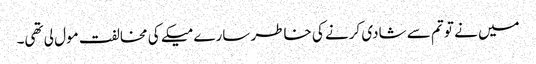
میں نے تو تم سے شادی کرنے کی خاطر سارے میکے کی مخالفت مول لی تھی۔